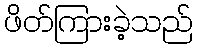
ဖိတ်ကြားခဲ့သည်